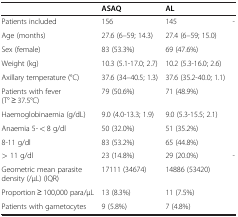
|  | ASAQ | AL |  |
 | --- | --- | --- | --- |
 | Patients included | 156 | 145 | - |
 | Age (months) | 27.6 (6–59; 14.3) | 27.4 (6–59; 15.0) |  |
 | Sex (female) | 83 (53.3%) | 69 (47.6%) |  |
 | Weight (kg) | 10.3 (5.1-17.0; 2.7) | 10.2 (5.3-16.0; 2.6) |  |
 | Axillary temperature (°C) | 37.6 (34–40.5; 1.3) | 37.6 (35.2-40.0; 1.1) |  |
 | Patients with fever (T° ≥ 37.5°C) | 79 (50.6%) | 71 (48.9%) |  |
 | Haemoglobinaemia (g/dL) | 9.0 (4.0-13.3; 1.9) | 9.0 (5.3-15.5; 2.1) |  |
 | Anaemia 5- < 8 g/dl | 50 (32.0%) | 51 (35.2%) |  |
 | 8-11 g/dl | 83 (53.2%) | 65 (44.8%) |  |
 | > 11 g/dl | 23 (14.8%) | 29 (20.0%) | - |
 | Geometric mean parasite density (/μL) (IQR) | 17111 (34674) | 14886 (53420) |  |
 | Proportion ≥ 100,000 para/μL | 13 (8.3%) | 11 (7.5%) |  |
 | Patients with gametocytes | 9 (5.8%) | 7 (4.8%) |  |